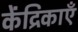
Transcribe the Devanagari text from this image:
केंद्रिकाएँ